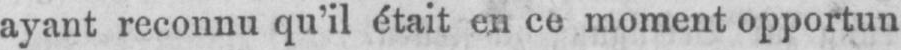
ayant reconnu qu’il était en ce moment opportun